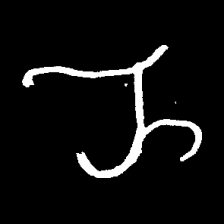
Pyu character \u2014 Myanmar letter: ည (romanized: nya)